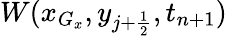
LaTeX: W(x_{G_{x}},y_{j+\frac{1}{2}},t_{n+1})